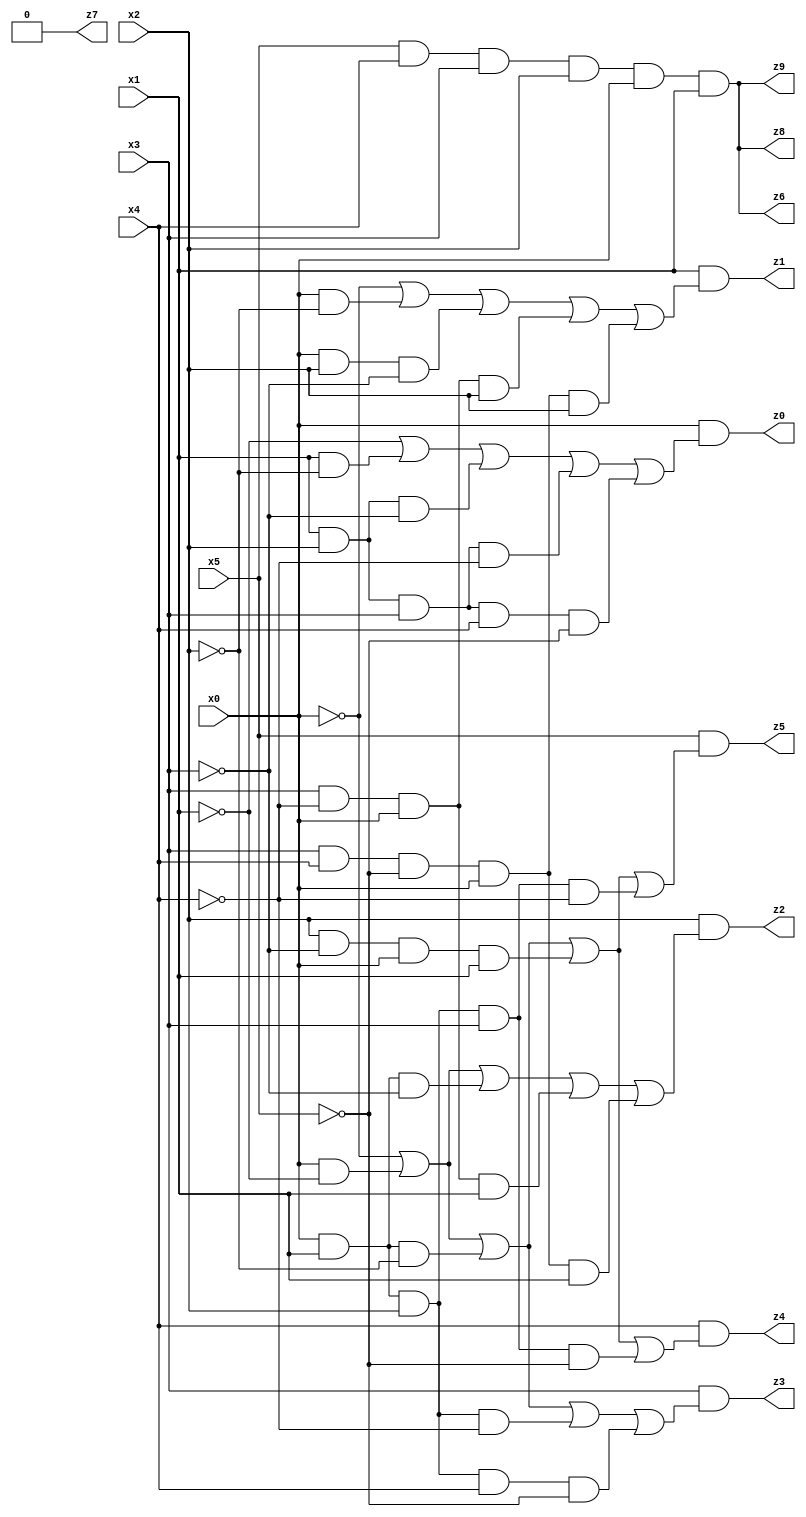
// Benchmark "X_57" written by ABC on Mon Jun 05 19:54:24 2023

module X_57 ( 
    x0, x1, x2, x3, x4, x5,
    z0, z1, z2, z3, z4, z5, z6, z7, z8, z9  );
  input  x0, x1, x2, x3, x4, x5;
  output z0, z1, z2, z3, z4, z5, z6, z7, z8, z9;
  assign z0 = x0 & (~x1 | (x1 & ~x2) | (x1 & x2 & ~x3) | (x1 & x2 & x3 & ~x4) | (x1 & x2 & x3 & x4 & ~x5));
  assign z1 = x1 & (~x0 | (x0 & ~x2) | (x0 & x2 & ~x3) | (x3 & ~x4 & x0 & x2) | (x3 & x4 & ~x5 & x0 & x2));
  assign z2 = x2 & (~x0 | (x0 & ~x1) | (x0 & x1 & ~x3) | (x3 & ~x4 & x0 & x1) | (x3 & x4 & ~x5 & x0 & x1));
  assign z3 = x3 & (~x0 | (x0 & ~x1) | (x0 & x1 & ~x2) | (x0 & x1 & x2 & ~x4) | (x0 & x1 & x2 & x4 & ~x5));
  assign z4 = x4 & (~x0 | (x0 & ~x1) | (x0 & x1 & ~x2) | (x2 & ~x3 & x0 & x1) | (x0 & x1 & x2 & x3 & ~x5));
  assign z5 = x5 & (~x0 | (x0 & ~x1) | (x0 & x1 & ~x2) | (x2 & ~x3 & x0 & x1) | (x0 & x1 & x2 & x3 & ~x4));
  assign z6 = x5 & x4 & x3 & x2 & x0 & x1;
  assign z7 = 1'b0;
  assign z8 = x5 & x4 & x3 & x2 & x0 & x1;
  assign z9 = x5 & x4 & x3 & x2 & x0 & x1;
endmodule